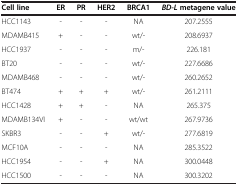
<table><thead><tr><td><b>Cell line</b></td><td><b>ER</b></td><td><b>PR</b></td><td><b>HER2</b></td><td><b>BRCA1</b></td><td><b><i>BD-L </i>metagene value</b></td></tr></thead><tbody><tr><td>HCC1143</td><td>-</td><td>-</td><td>-</td><td>NA</td><td>207.2555</td></tr><tr><td>MDAMB415</td><td>+</td><td>-</td><td>-</td><td>wt/-</td><td>208.6937</td></tr><tr><td>HCC1937</td><td>-</td><td>-</td><td>-</td><td>m/-</td><td>226.181</td></tr><tr><td>BT20</td><td>-</td><td>-</td><td>-</td><td>wt/-</td><td>227.6686</td></tr><tr><td>MDAMB468</td><td>-</td><td>-</td><td>-</td><td>wt/-</td><td>260.2652</td></tr><tr><td>BT474</td><td>+</td><td>+</td><td>+</td><td>wt/-</td><td>261.2111</td></tr><tr><td>HCC1428</td><td>+</td><td>+</td><td>-</td><td>NA</td><td>265.375</td></tr><tr><td>MDAMB134VI</td><td>+</td><td>-</td><td>-</td><td>wt/wt</td><td>267.9736</td></tr><tr><td>SKBR3</td><td>-</td><td>-</td><td>+</td><td>wt/-</td><td>277.6819</td></tr><tr><td>MCF10A</td><td>-</td><td>-</td><td>-</td><td>NA</td><td>285.3522</td></tr><tr><td>HCC1954</td><td>-</td><td>-</td><td>+</td><td>NA</td><td>300.0448</td></tr><tr><td>HCC1500</td><td>-</td><td>-</td><td>-</td><td>NA</td><td>300.3202</td></tr></tbody></table>